Document type: Pledge
Year: 1265
Scribe: Pere Marc
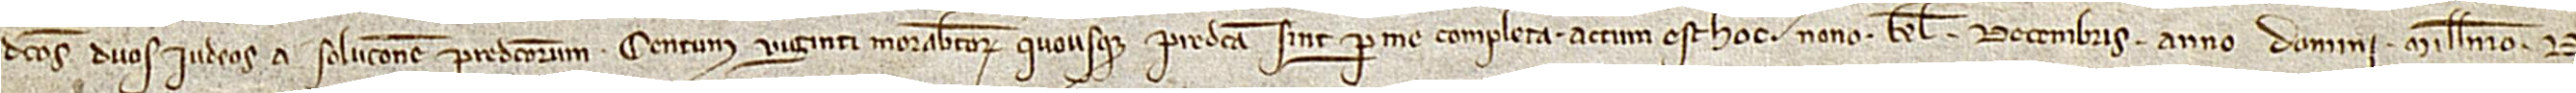
dictos duos iudeos a solucione predictorum centum viginti morabatinorum quousque predicta sint per me completa.  Actum est hoc nono kalendas decembris, anno Domini millesimo du-